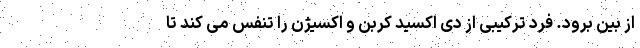
از بین برود. فرد ترکیبی از دی اکسید کربن و اکسیژن را تنفس می کند تا